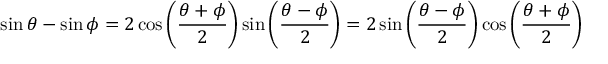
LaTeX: \sin \theta - \sin \phi = 2 \cos \left( { \frac { \theta + \phi } { 2 } } \right) \sin \left( { \frac { \theta - \phi } { 2 } } \right) = 2 \sin \left( { \frac { \theta - \phi } { 2 } } \right) \cos \left( { \frac { \theta + \phi } { 2 } } \right)